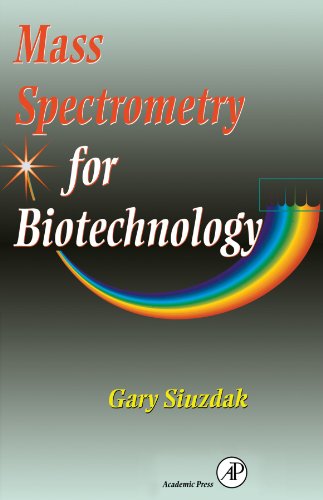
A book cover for Mass Spectrometry for Biotechnology; Gary Siuzdak; Science & Math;